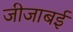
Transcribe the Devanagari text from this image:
जीजाबई